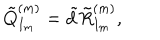
LaTeX: \tilde { Q } _ { I _ { m } } ^ { ( m ) } = \tilde { d } \tilde { R } _ { I _ { m } } ^ { ( m ) } ,